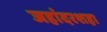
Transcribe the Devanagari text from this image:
जहांदरशहा